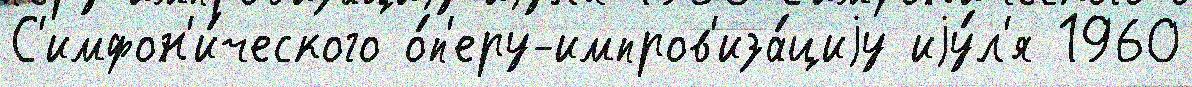
С'имфон'и́ческого о́п'еру-импров'иза́циjу иjу́л'я 1960